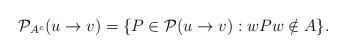
LaTeX: \begin{align*}\mathcal{P}_{A^c} (u \to v) = \{P \in \mathcal{P}(u \to v): w P w \notin A \}.\end{align*}